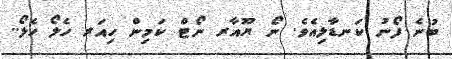
ބުނެ ފޯނު ކަނޑާލިއެވެ. ނޯ ޔޫއާރ ނޯޓް ކަމިން ހިއަރ ހެލޯ ހެލޯ..